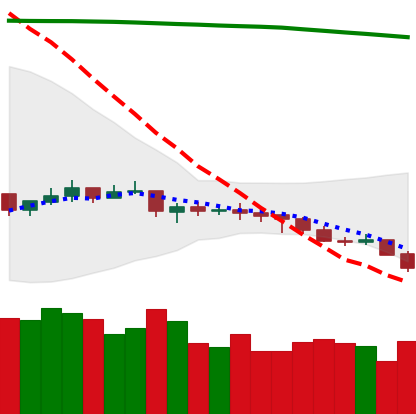
Ticker: NEO-USD
Chart end date: 2021-07-20
Forward return: 18.821%
Label: up_7plus